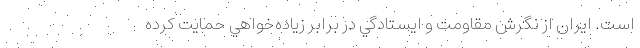
است. ايران از نگرش مقاومت و ايستادگي در برابر زياده‌خواهي حمايت كرده